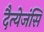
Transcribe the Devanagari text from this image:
दैत्येजंसि